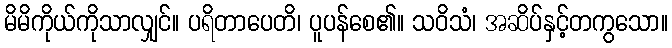
မိမိကိုယ်ကိုသာလျှင်။ ပရိတာပေတိ၊ ပူပန်စေ၏။ သဝိသံ၊ အဆိပ်နှင့်တကွသော။